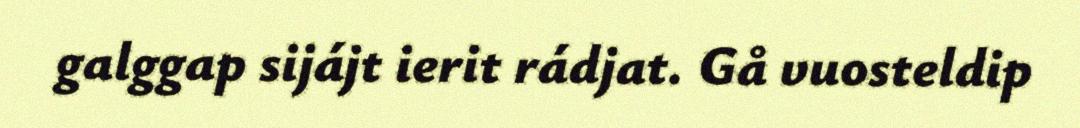
galggap sijájt ierit rádjat. Gå vuosteldip